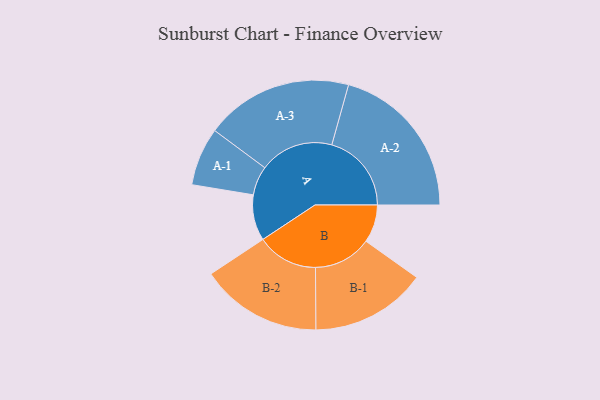
{"axis": {"x": "Segment", "y": "Value"}, "legend": ["", "A", "B"], "data": [{"x": "A", "y": 167, "type": ""}, {"x": "B", "y": 138, "type": ""}, {"x": "A-1", "y": 106, "type": "A"}, {"x": "A-2", "y": 290, "type": "A"}, {"x": "A-3", "y": 269, "type": "A"}, {"x": "B-1", "y": 211, "type": "B"}, {"x": "B-2", "y": 222, "type": "B"}]}